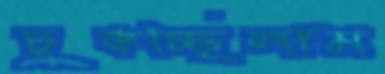
চুকচ্ছিলাম